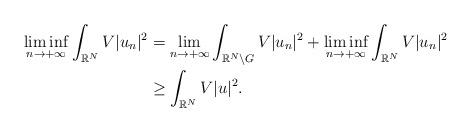
LaTeX: \begin{align*}\liminf_{n \to +\infty} \int_{\mathbb{R}^N} V |u_n|^2 &= \lim_{n \to +\infty} \int_{\mathbb{R}^N \setminus G} V |u_n|^2 + \liminf_{n \to +\infty} \int_{\mathbb{R}^N} V |u_n|^2 \\&\geq \int_{\mathbb{R}^N} V |u|^2.\end{align*}